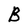
Character: B